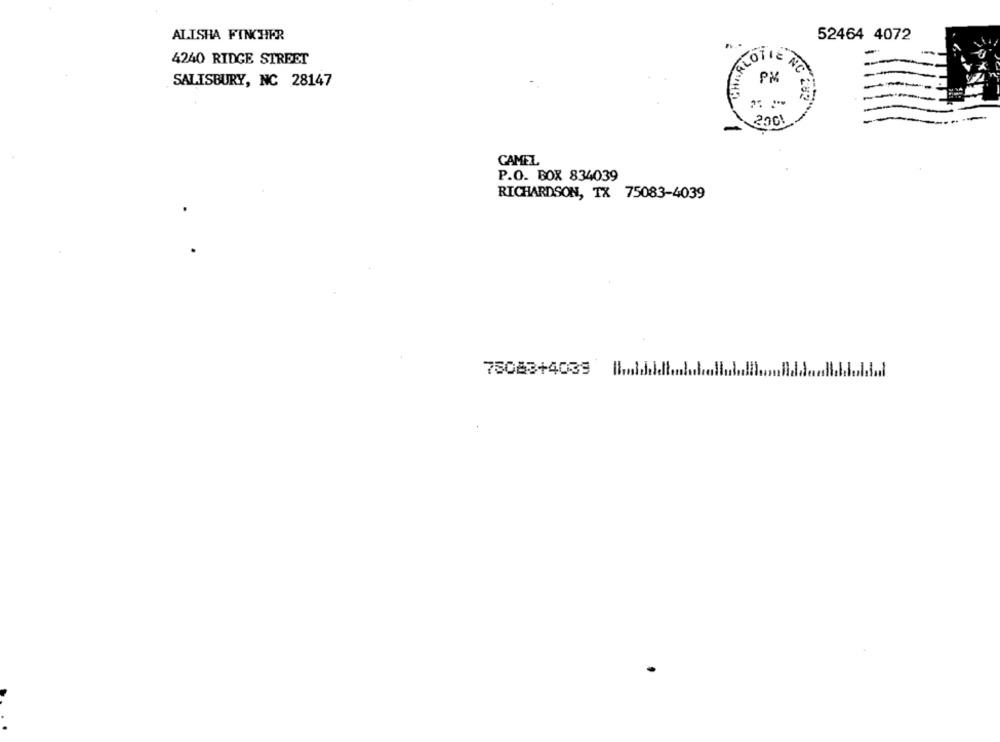
ALISHA FINCHER
52464 4072
4240 RIDGE STREET
GLOTIE NO
SALISBURY, NC 28147
NC 282
200!
CAMEL
P.O. BOX 834039
RICHARDSON, TX 75083-4039
75083+4039